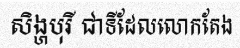
សិង្ហបុរី ជាទីដែលលោកតែង